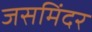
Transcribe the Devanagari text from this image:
जसमिंदर